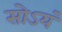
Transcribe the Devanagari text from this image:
सोऽयं